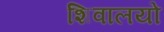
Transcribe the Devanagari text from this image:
शिवालयो